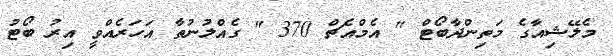
މެލޭޝިއާގެ މަތިންދާބޯޓް " އެމްއެޗް 370 " ގެއްލުނުތާ އަހަރެއްވީ އިރު ބޯޓު